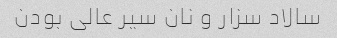
سالاد سزار و نان سیر عالی بودن